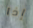
إذا